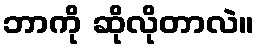
ဘာကို ဆိုလိုတာလဲ။